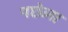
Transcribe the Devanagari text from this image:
पछेला